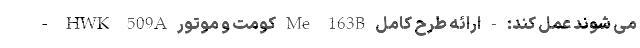
می شوند عمل کند: - ارائه طرح کامل Me 163B کومت و موتور HWK 509A -